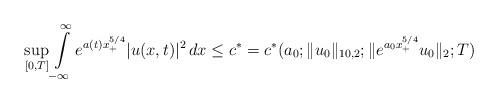
LaTeX: \begin{align*}\underset{[0,T]}{\sup}\int\limits_{-\infty}^{\infty} e^{a(t) x_{+}^{5/4}} |u(x,t)|^2\,dx\le c^{*}=c^{*}(a_0; \|u_0\|_{10,2}; \|e^{a_0 x_{+}^{5/4}}u_0\|_2;T)\end{align*}